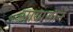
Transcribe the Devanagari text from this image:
सायासाने